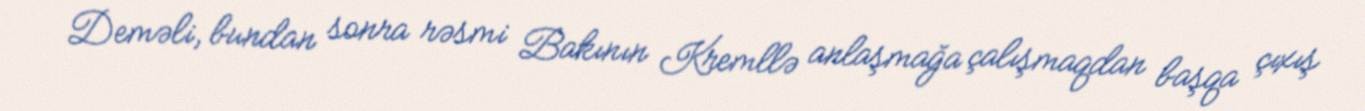
Deməli, bundan sonra rəsmi Bakının Kremllə anlaşmağa çalışmaqdan başqa çıxış